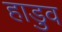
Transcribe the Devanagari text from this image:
हाडुव